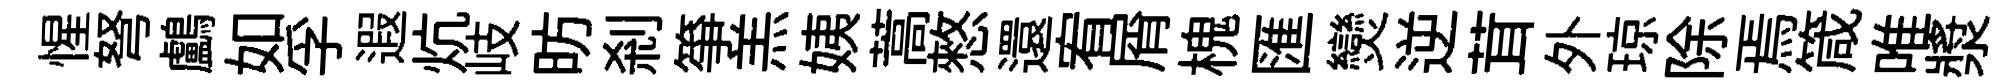
惺弩鸕如孚遐炕岐昉刹箏羔姨蒿憗還宥屑槐匯𤓖逆茸外琼除焉箴唯漿